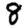
Digit: 8